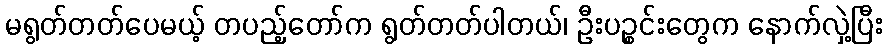
မရွတ်တတ်ပေမယ့် တပည့်တော်က ရွတ်တတ်ပါတယ်၊ ဦးပဉ္စင်းတွေက နောက်လှဲ့ပြီး